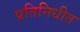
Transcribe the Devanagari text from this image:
प्रतिनिधीत